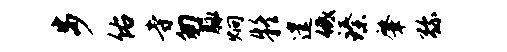
步佑寺匆脉炯疑遣低臻肇弥